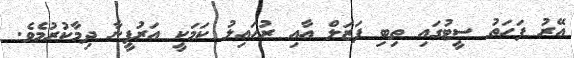
އޭރު ފަހަތު ސީޓުގައި ތިބި ފަޒަލް އާއި ރުހައިލު ކަމަކީ އަރުފީނާ ދިމާކުރުމެވެ.